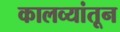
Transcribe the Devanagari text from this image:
कालव्यांतून